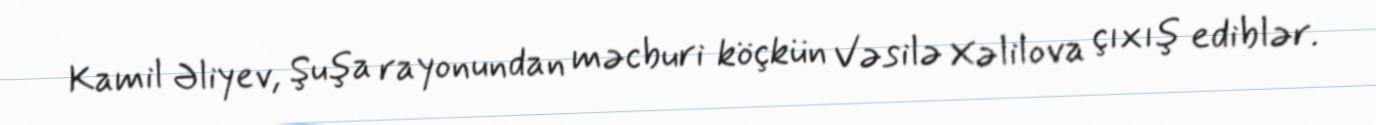
Kamil Əliyev, Şuşa rayonundan məcburi köçkün Vəsilə Xəlilova çıxış ediblər.